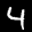
Label: 4